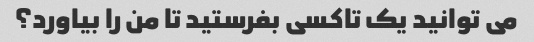
می توانید یک تاکسی بفرستید تا من را بیاورد؟